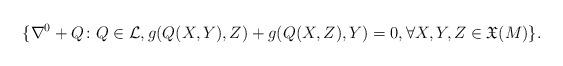
LaTeX: \begin{align*}\{\nabla^{0}+Q\colon Q \in \mathcal L, g(Q(X,Y),Z)+g(Q(X,Z),Y)=0, \forall X, Y, Z \in {\mathfrak X} (M)\}.\end{align*}